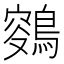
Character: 𪂸